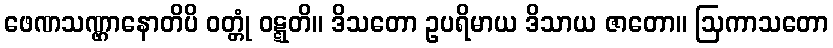
ဖေဏသဏ္ဌာနောတိပိ ဝတ္တုံ ဝဋ္ဋတိ။ ဒိသတော ဥပရိမာယ ဒိသာယ ဇာတော။ ဩကာသတော